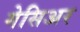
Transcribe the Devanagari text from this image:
गेसिअर